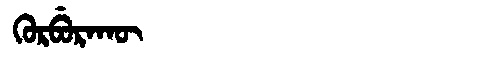
Manchu: ᡴᡠᡵᠪᡠᡵᠠᡴᡡ
Romanization: KURBURAKŪ